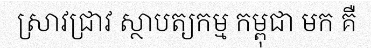
ស្រាវជ្រាវ ស្ថាបត្យកម្ម កម្ពុជា មក គឺ